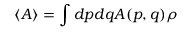
\langle A \rangle = \int d p d q A ( p , q ) \rho